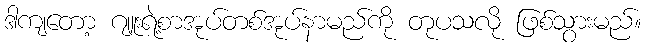
ဒါကျတော့ ဂျူးရဲ့စာအုပ်တစ်အုပ်နာမည်ကို တုပသလို ဖြစ်သွားမည်။